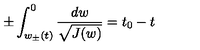
\pm \int _ { w _ { \pm } ( t ) } ^ { 0 } \frac { d w } { \sqrt { J ( w ) } } = t _ { 0 } - t